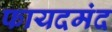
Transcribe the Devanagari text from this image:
फायदमंद